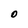
Character: O